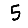
Digit: 5